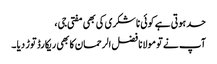
حد ہوتی ہے کوئی نا شکری کی بھی مفتی جی ،
آپ نے تو مولانا فضل الرحمان کا بھی ریکارڈ توڑ دیا ۔